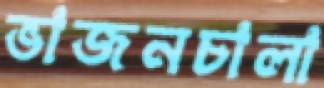
ভাজনচালা